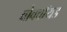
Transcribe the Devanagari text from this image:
वोक्वॉयड